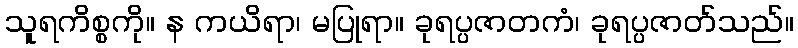
သူရကိစ္စကို။ န ကယိရာ၊ မပြုရာ။ ခုရပ္ပဇာတကံ၊ ခုရပ္ပဇာတ်သည်။